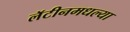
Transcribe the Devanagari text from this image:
लॅटीनमधल्या